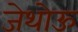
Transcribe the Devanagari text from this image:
जेथोऊ